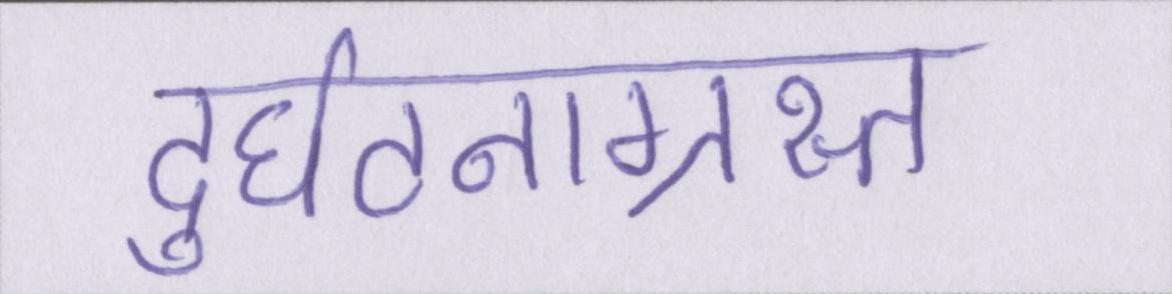
दुर्घटनाग्रस्त